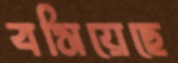
বসিয়েছে